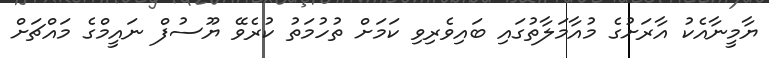
ޔާމީނާއެކު އާރަށުގެ މުއާމަލާތުގައި ބައިވެރިވި ކަމަށް ތުހުމަތު ކުރެވޭ ޔޫސުފް ނައީމްގެ މައްޗަށް